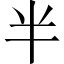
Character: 半